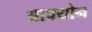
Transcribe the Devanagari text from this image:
आफ्योन